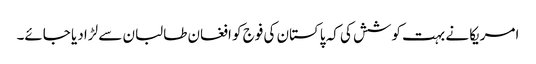
امریکا نے بہت کوشش کی کہ پاکستان کی فوج کو افغان طالبان سے لڑا دیا جائے۔